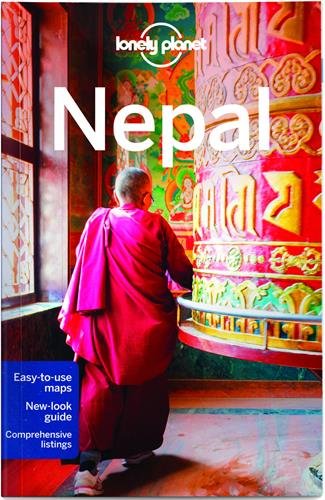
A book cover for Lonely Planet Nepal (Travel Guide); Lonely Planet; Sports & Outdoors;